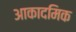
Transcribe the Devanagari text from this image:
आकादमिक